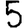
Digit: 5